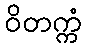
ဝိတက္ကံ